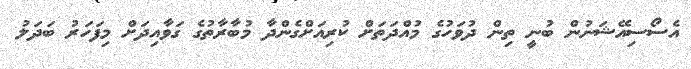
އެސޯސިއޭޝަނުން ބުނީ ތިން ދުވަހުގެ މުއްދަތަށް ކުރިއަށްގެންދާ މުބާރާތުގެ ގަވާއިދަށް މިފަހަރު ބަދަލު